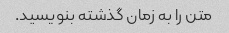
متن را به زمان گذشته بنویسید.